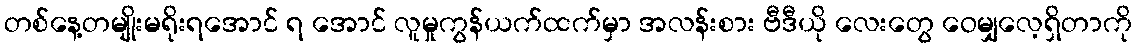
တစ်နေ့တမျိုးမရိုးရအောင် ရ အောင် လူမှုကွန်ယက်ထက်မှာ အလန်းစား ဗီဒီယို လေးတွေ ဝေမျှလေ့ရှိတာကို